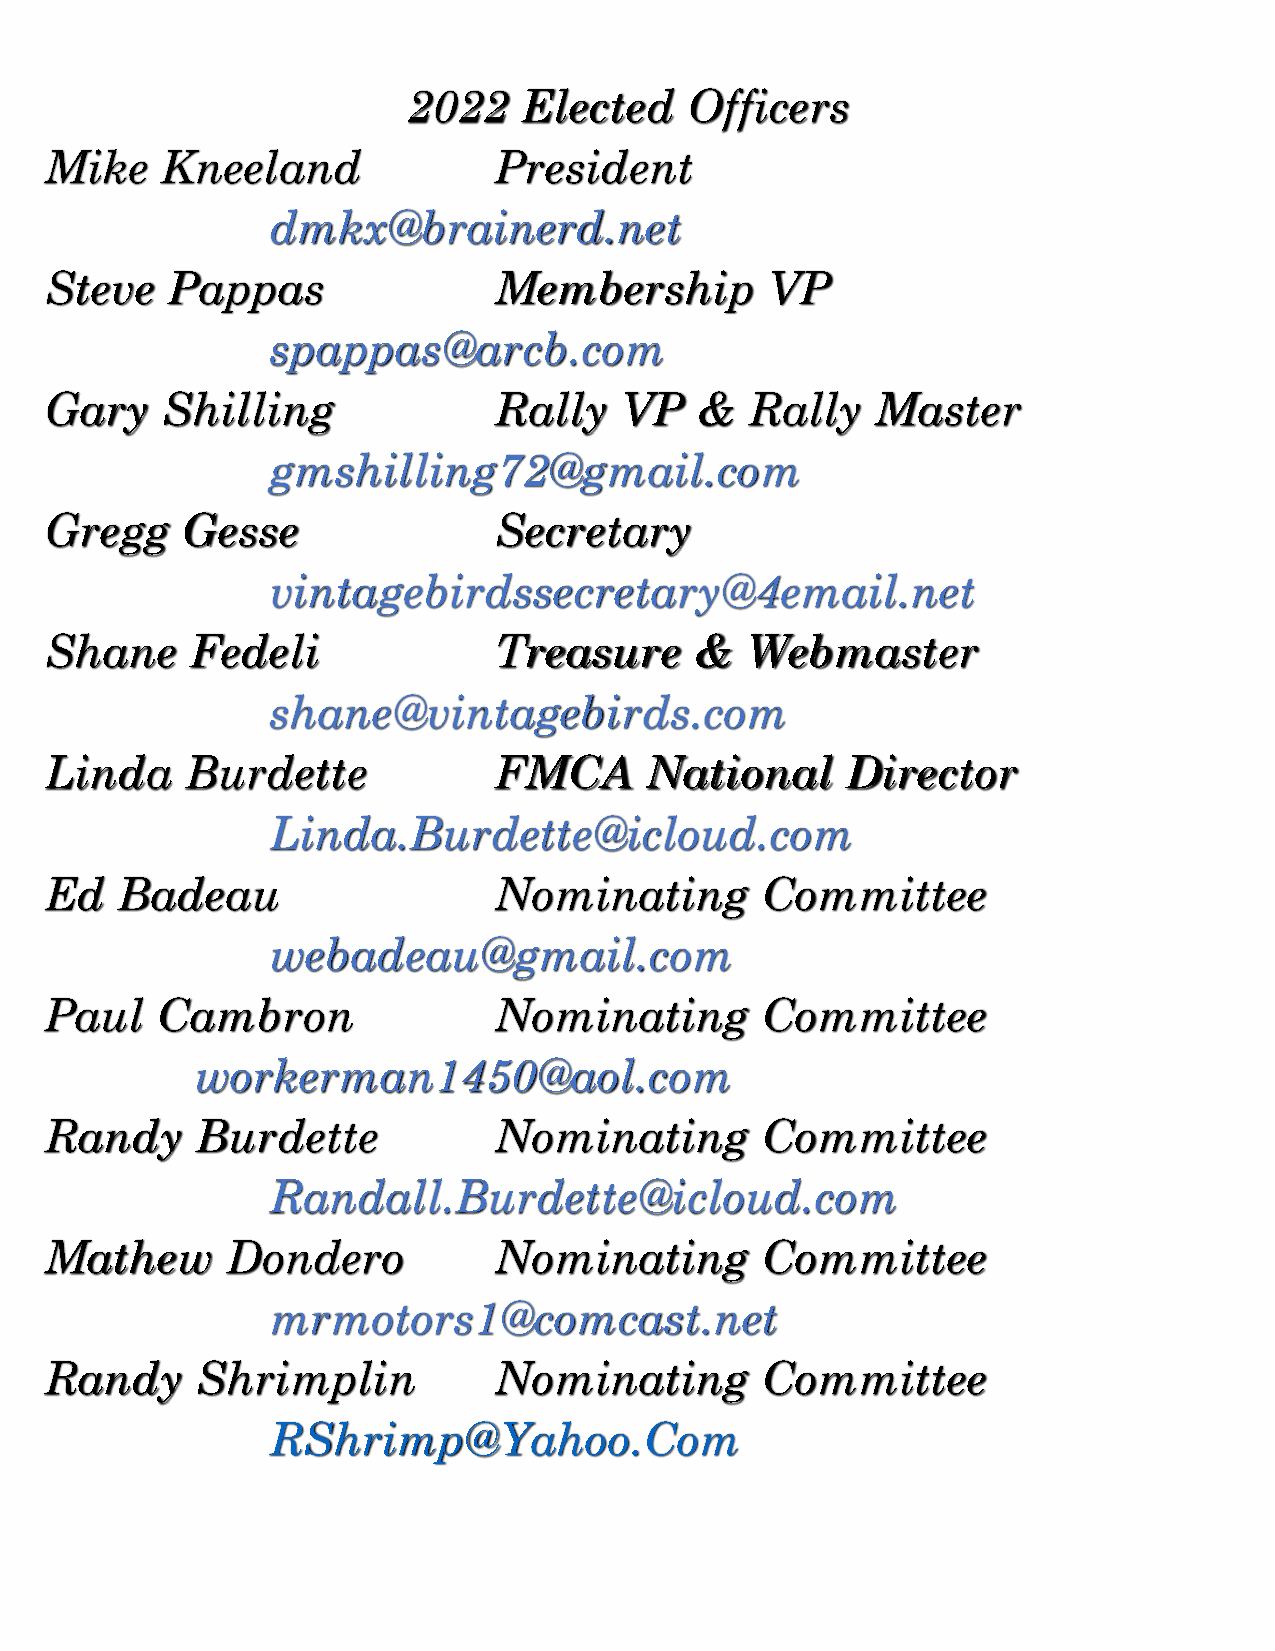
2022   Elected    Officers
 Mike    Kneeland              President
 dmkx@brainerd.net
 Steve   Pappas                Membership        VP
 spappas@arcb.com
 Gary    Shilling              Rally   VP   &  Rally    Master
 gmshilling72@gmail.com
 Gregg    Gesse                Secretary
 vintagebirdssecretary@4email.net
 Shane     Fedeli              Treasure     &  Webmaster
 shane@vintagebirds.com
 Linda    Burdette             FMCA      National     Director
 Linda.Burdette@icloud.com
 Ed   Badeau                   Nominating       Committee
 webadeau@gmail.com
 Paul   Cambron                Nominating       Committee
 workerman1450@aol.com
 Randy     Burdette            Nominating       Committee
 Randall.Burdette@icloud.com
 Mathew      Dondero           Nominating       Committee
 mrmotors1@comcast.net
 Randy     Shrimplin           Nominating       Committee
 RShrimp@Yahoo.Com